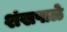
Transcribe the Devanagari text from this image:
शंखपाळे